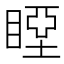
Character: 𥉢